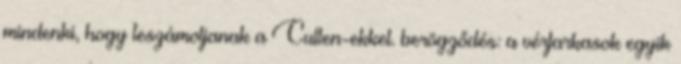
mindenki, hogy leszámoljanak a Cullen-ekkel. berögződés: a vérfarkasok egyik